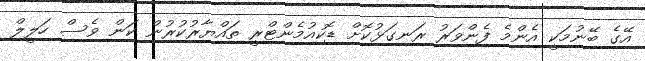
އޭގެ ބޭނުމަކީ އެންމެ ފެންވަރު ރަނގަޅުކޮށް ޑޮކިއުމެންޓްރީ ތައްޔާރުކުރުން ކަން ވެސް ހަލީލް